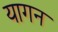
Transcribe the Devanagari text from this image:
यागन